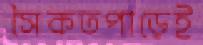
সৈকতপাড়েই